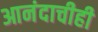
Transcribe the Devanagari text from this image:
आनंदाचीही